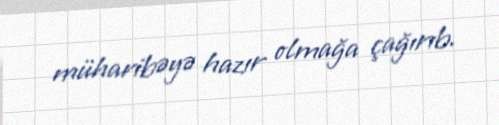
müharibəyə hazır olmağa çağırıb.